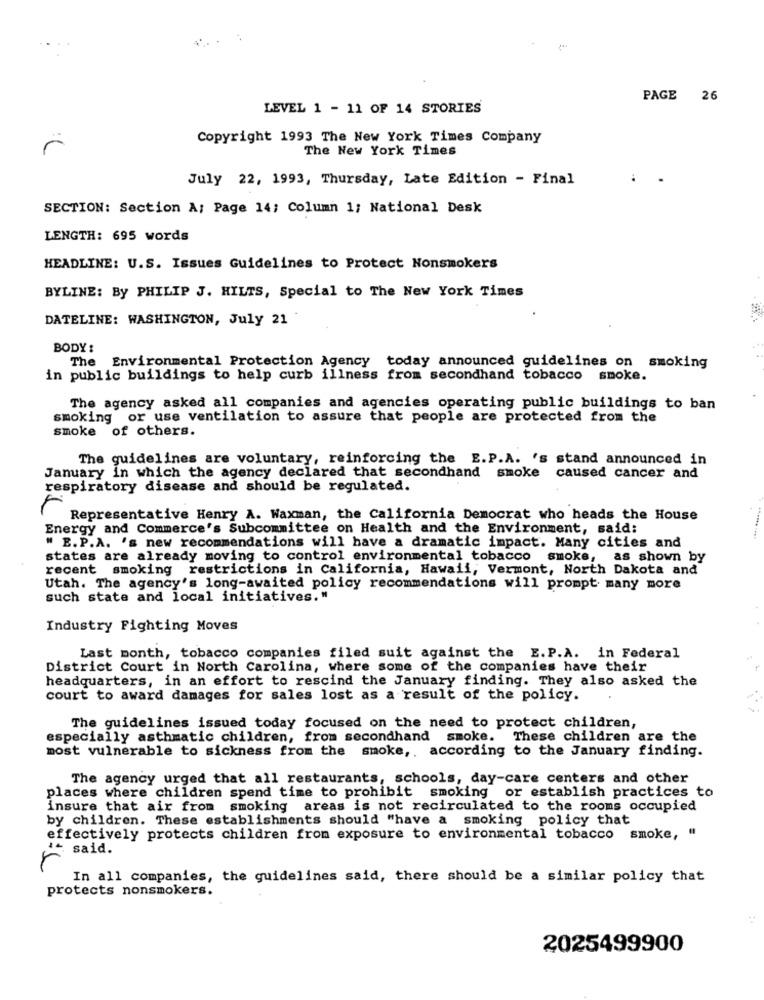
PAGE 26
LEVEL 1 - 11 OF 14 STORIES
Copyright 1993 The New York Times Company
The New York Times
July 22, 1993, Thursday, Late Edition - Final
SECTION: Section A: Page 14; Column 1; National Desk
LENGTH: 695 words
HEADLINE: U.S. Issues Guidelines to Protect Nonsmokers
BYLINE: By PHILIP J. HILTS, Special to The New York Times
DATELINE: WASHINGTON, July 21
BODY:
The Environmental Protection Agency today announced guidelines on smoking
in public buildings to help curb illness from secondhand tobacco smoke.
The agency asked all companies and agencies operating public buildings to ban
smoking or use ventilation to assure that people are protected from the
smoke of others.
The guidelines are voluntary, reinforcing the E.P.A. 's stand announced in
January in which the agency declared that secondhand smoke caused cancer and
respiratory disease and should be regulated.
Representative Henry A. Waxman, the California Democrat who heads the House
Energy and Commerce's Subcommittee on Health and the Environment, said:
" E.P.A. 's new recommendations will have a dramatic impact. Many cities and
states are already moving to control environmental tobacco smoke, as shown by
recent smoking restrictions in California, Hawaii, Vermont, North Dakota and
Utah. The agency's long-awaited policy recommendations will prompt many more
such state and local initiatives."
Industry Fighting Moves
Last month, tobacco companies filed suit against the E.P.A. in Federal
District Court in North Carolina, where some of the companies have their
headquarters, in an effort to rescind the January finding. They also asked the
court to award damages for sales lost as a result of the policy.
The guidelines issued today focused on the need to protect children,
especially asthmatic children, from secondhand smoke. These children are the
most vulnerable to sickness from the smoke ,. according to the January finding.
The agency urged that all restaurants, schools, day-care centers and other
places where children spend time to prohibit smoking or establish practices to
insure that air from smoking areas is not recirculated to the rooms occupied
by children. These establishments should "have a smoking policy that
effectively protects children from exposure to environmental tobacco smoke, "
said.
In all companies, the guidelines said, there should be a similar policy that
protects nonsmokers.
2025499900